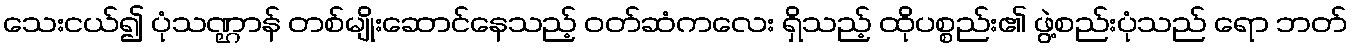
သေးငယ်၍ ပုံသဏ္ဌာန် တစ်မျိုးဆောင်နေသည့် ဝတ်ဆံကလေး ရှိသည့် ထိုပစ္စည်း၏ ဖွဲ့စည်းပုံသည် ရော ဘတ်